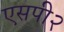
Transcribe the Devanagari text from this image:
एसपी२